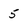
Character: 5